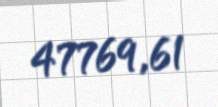
47769,61